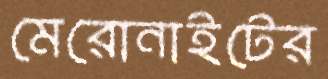
মেরোনাইটের